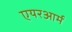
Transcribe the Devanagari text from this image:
एयरआर्म